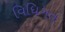
વિધિગત